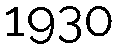
1930